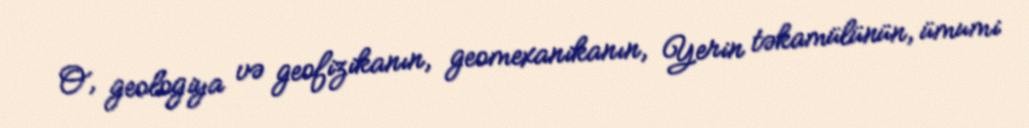
O, geologiya və geofizikanın, geomexanikanın, Yerin təkamülünün, ümumi